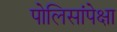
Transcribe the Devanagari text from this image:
पोलिसांपेक्षा